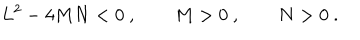
LaTeX: L ^ { 2 } - 4 M N < 0 \ , \qquad M > 0 \ , \qquad N > 0 \ .